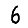
Digit: 6